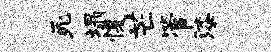
死塌愎芒管漆